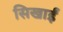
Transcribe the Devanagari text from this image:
सिखाईं